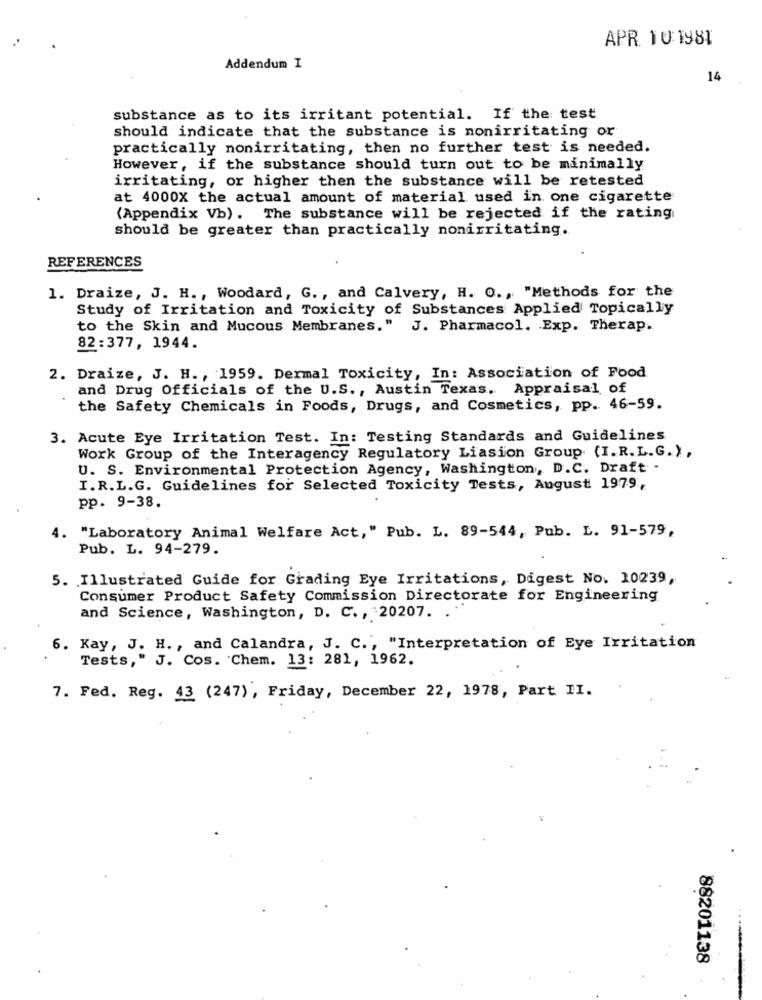
Addendum I
14
substance as to its irritant potential. If the test
should indicate that the substance is nonirritating or
practically nonirritating, then no further test is needed.
However, if the substance should turn out to be minimally
irritating, or higher then the substance will be retested
at 4000X the actual amount of material used in one cigarette
(Appendix Vb). The substance will be rejected if the rating
should be greater than practically nonirritating.
REFERENCES
1. Draize, J. H ., Woodard, G ., and Calvery, H. O ., "Methods for the
Study of Irritation and Toxicity of Substances Applied Topically
to the Skin and Mucous Membranes." J. Pharmacol. . Exp. Therap.
82:377, 1944.
2. Draize, J. H ., 1959. Dermal Toxicity, In: Association of Food
and Drug Officials of the U.S ., Austin Texas. Appraisal of
the Safety Chemicals in Foods, Drugs, and Cosmetics, pp. 46-59.
3. Acute Eye Irritation Test. In: Testing Standards and Guidelines
Work Group of the Interagency Regulatory Liasion Group (I. R.L.G.),
U. S. Environmental Protection Agency, Washington, D.C. Draft -
I.R.L.G. Guidelines for Selected Toxicity Tests, August 1979,
pp. 9-38.
4. "Laboratory Animal Welfare Act," Pub. L. 89-544, Pub. L. 91-579,
Pub. L. 94-279.
5. Illustrated Guide for Grading Eye Irritations, Digest No. 10239,
Consumer Product Safety Commission Directorate for Engineering
and Science, Washington, D. C ., 20207. .
6. Kay, J. H ., and Calandra, J. C ., "Interpretation of Eye Irritation
Tests," J. Cos. Chem. 13: 281, 1962.
.
7. Fed. Reg. 43 (247), Friday, December 22, 1978, Part II.
88201138